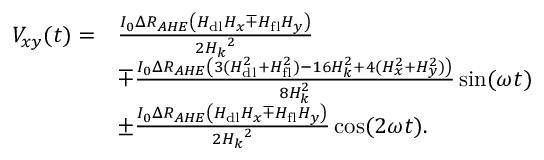
\begin{array} { r l } { V _ { x y } ( t ) = } & { \frac { I _ { 0 } \Delta R _ { A H E } \left( H _ { \mathrm { d l } } H _ { x } \mp H _ { \mathrm { f l } } H _ { y } \right) } { 2 { H _ { k } } ^ { 2 } } } \\ & { \mp \frac { I _ { 0 } \Delta R _ { A H E } \left( 3 ( H _ { \mathrm { d l } } ^ { 2 } + H _ { \mathrm { f l } } ^ { 2 } ) - 1 6 H _ { k } ^ { 2 } + 4 ( H _ { x } ^ { 2 } + H _ { y } ^ { 2 } ) \right) } { 8 H _ { k } ^ { 2 } } \sin ( \omega t ) } \\ & { \pm \frac { I _ { 0 } \Delta R _ { A H E } \left( H _ { \mathrm { d l } } H _ { x } \mp H _ { \mathrm { f l } } H _ { y } \right) } { 2 { H _ { k } } ^ { 2 } } \cos ( 2 \omega t ) . } \end{array}